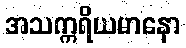
အသက္ကရိယမာနော